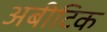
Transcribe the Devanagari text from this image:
अबीटिक